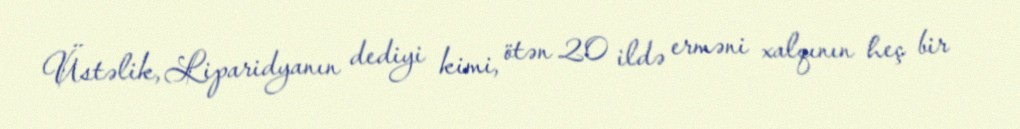
Üstəlik, Liparidyanın dediyi kimi, ötən 20 ildə erməni xalqının heç bir